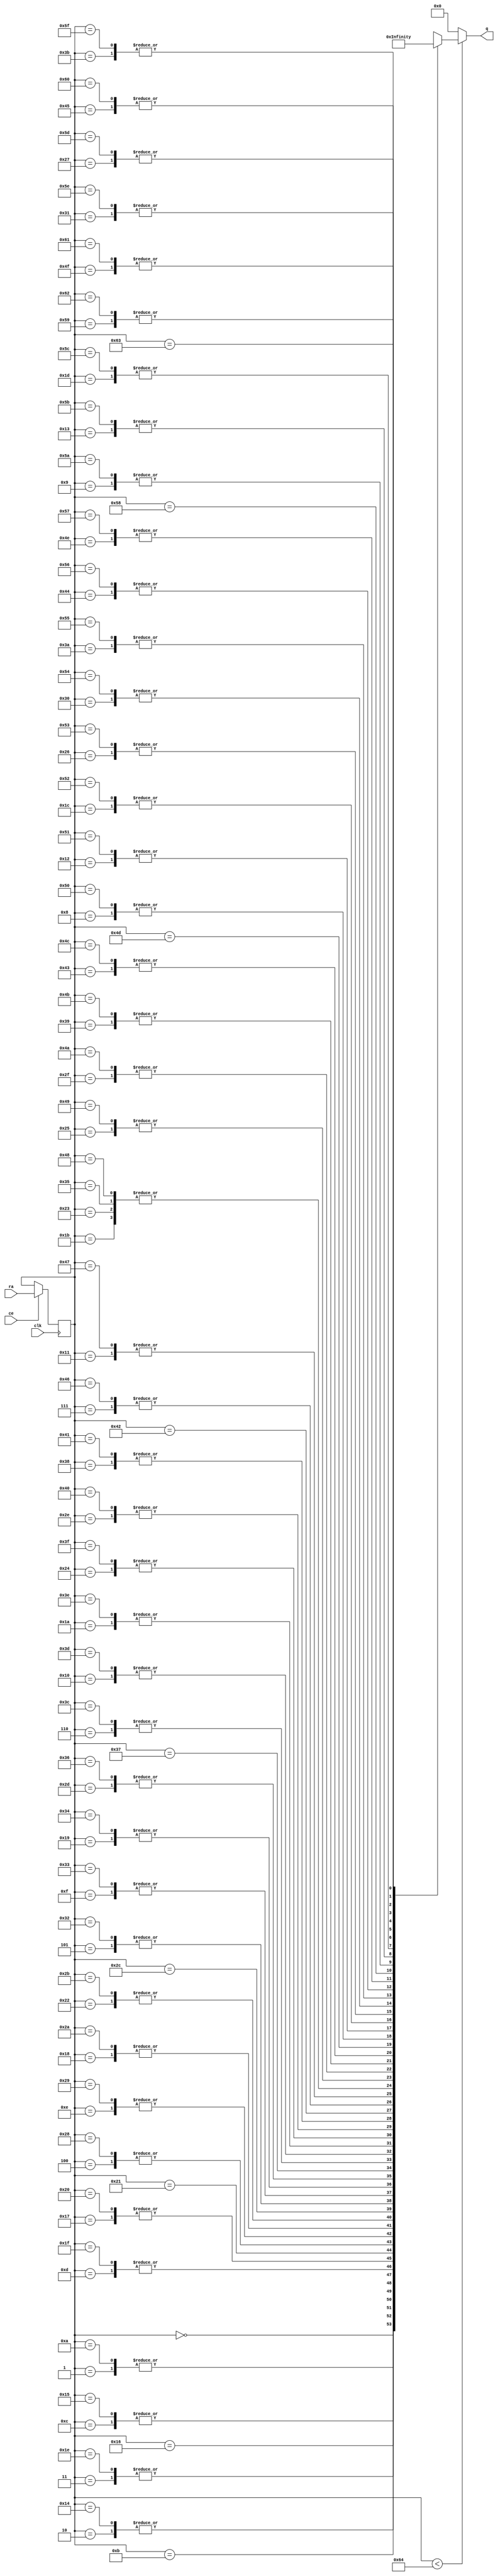
// ==============================================================
// File generated by AutoESL - High-Level Synthesis System (C, C++, SystemC)
// Version: 2011.1
// Copyright (C) 2011 Xilinx Inc. All rights reserved.
// 
// ==============================================================



`timescale 1 ns / 1 ps




module SURFdescriptor_patch_wts_core (q, ra, ce, clk
);
   parameter READ_PORT_COUNT=32'd1;
   parameter WRITE_PORT_COUNT=32'd1;
   parameter DATA_WIDTH=32'd32;
   parameter ADDRESS_WIDTH=32'd7;
   parameter WORD_COUNT=32'd100;

   output [READ_PORT_COUNT*DATA_WIDTH-1:0] q;
   input [READ_PORT_COUNT*ADDRESS_WIDTH-1:0]  ra;
   input [READ_PORT_COUNT-1:0]  ce;
   input                                      clk;

   integer                                    i,j,k;

   wire [DATA_WIDTH-1:0]                       mem [0:WORD_COUNT-1];
   reg [ADDRESS_WIDTH-1:0]                    rat;
   reg [ADDRESS_WIDTH-1:0]                    rai [READ_PORT_COUNT-1:0];
   reg [ADDRESS_WIDTH-1:0]                    rai_reg [READ_PORT_COUNT-1:0];
   reg [READ_PORT_COUNT*DATA_WIDTH-1:0]       qi;
   reg [DATA_WIDTH-1:0]                       qt;


    assign mem[0] = 32'b00110110011101111111110110100001;
    assign mem[1] = 32'b00110111000011011010110100100111;
    assign mem[2] = 32'b00110111100100111010110011110010;
    assign mem[3] = 32'b00111000000011000110110001010111;
    assign mem[4] = 32'b00111000011100111001111110100110;
    assign mem[5] = 32'b00111000110000001100101011011101;
    assign mem[6] = 32'b00111001000010110010111000111110;
    assign mem[7] = 32'b00111001001101110101001100011100;
    assign mem[8] = 32'b00111001010111000100100001100010;
    assign mem[9] = 32'b00111001011100010111100001100100;
    assign mem[10] = 32'b00110111000011011010110100100111;
    assign mem[11] = 32'b00110111101000011110000011011010;
    assign mem[12] = 32'b00111000001010001011101110001111;
    assign mem[13] = 32'b00111000101000000111001001000111;
    assign mem[14] = 32'b00111001000010110010111010000011;
    assign mem[15] = 32'b00111001010111000100100010100111;
    assign mem[16] = 32'b00111001100111110000011011101100;
    assign mem[17] = 32'b00111001110100010111011100110100;
    assign mem[18] = 32'b00111001111110111011000110000001;
    assign mem[19] = 32'b00111010000010011111001101110000;
    assign mem[20] = 32'b00110111100100111010110011110010;
    assign mem[21] = 32'b00111000001010001011101110001111;
    assign mem[22] = 32'b00111000101011111110000010010010;
    assign mem[23] = 32'b00111001001001110011110110010100;
    assign mem[24] = 32'b00111001100100010001001100011110;
    assign mem[25] = 32'b00111001111001011001110001000000;
    assign mem[26] = 32'b00111010001001011100001011010000;
    assign mem[27] = 32'b00111010010110100101010110110011;
    assign mem[28] = 32'b00111010100000110010110011110001;
    assign mem[29] = 32'b00111010100011111100101011100100;
    assign mem[30] = 32'b00111000000011000110110001010111;
    assign mem[31] = 32'b00111000101000000111001001000111;
    assign mem[32] = 32'b00111001001001110011110110010100;
    assign mem[33] = 32'b00111001100111110000011100001110;
    assign mem[34] = 32'b00111010000010011111001100111100;
    assign mem[35] = 32'b00111010010110100101010110110011;
    assign mem[36] = 32'b00111010100111011001111011100010;
    assign mem[37] = 32'b00111010110011111001110011100001;
    assign mem[38] = 32'b00111010111110010111011101111011;
    assign mem[39] = 32'b00111011000010001011101011111010;
    assign mem[40] = 32'b00111000011100111001111110100110;
    assign mem[41] = 32'b00111001000010110010111010000011;
    assign mem[42] = 32'b00111001100100010001001100011110;
    assign mem[43] = 32'b00111010000010011111001100111100;
    assign mem[44] = 32'b00111010011011110101010101000001;
    assign mem[45] = 32'b00111010101111010110010111010010;
    assign mem[46] = 32'b00111011000010001011101011001111;
    assign mem[47] = 32'b00111011001101000001100010100001;
    assign mem[48] = 32'b00111011010110000110011100110101;
    assign mem[49] = 32'b00111011011011010011011110100110;
    assign mem[50] = 32'b00111000110000001100101011011101;
    assign mem[51] = 32'b00111001010111000100100010100111;
    assign mem[52] = 32'b00111001111001011001110001000000;
    assign mem[53] = 32'b00111010010110100101010110110011;
    assign mem[54] = 32'b00111010101111010110010111010010;
    assign mem[55] = 32'b00111011000101011110000101010011;
    assign mem[56] = 32'b00111011010110000110011101100000;
    assign mem[57] = 32'b00111011100011101000010100010011;
    assign mem[58] = 32'b00111011101010110100000001110110;
    assign mem[59] = 32'b00111011101110111011100100010100;
    assign mem[60] = 32'b00111001000010110010111000111110;
    assign mem[61] = 32'b00111001100111110000011011101100;
    assign mem[62] = 32'b00111010001001011100001011010000;
    assign mem[63] = 32'b00111010100111011001111011100010;
    assign mem[64] = 32'b00111011000010001011101011001111;
    assign mem[65] = 32'b00111011010110000110011101100000;
    assign mem[66] = 32'b00111011100111000011100111110010;
    assign mem[67] = 32'b00111011110011011100011011001000;
    assign mem[68] = 32'b00111011111101110100001010101101;
    assign mem[69] = 32'b00111100000001111000010101110000;
    assign mem[70] = 32'b00111001001101110101001100011100;
    assign mem[71] = 32'b00111001110100010111011100110100;
    assign mem[72] = 32'b00111010010110100101010110110011;
    assign mem[73] = 32'b00111010110011111001110011100001;
    assign mem[74] = 32'b00111011001101000001100010100001;
    assign mem[75] = 32'b00111011100011101000010100010011;
    assign mem[76] = 32'b00111011110011011100011011001000;
    assign mem[77] = 32'b00111100000001111000010101011010;
    assign mem[78] = 32'b00111100001000101101011101111011;
    assign mem[79] = 32'b00111100001100101000000011110001;
    assign mem[80] = 32'b00111001010111000100100001100010;
    assign mem[81] = 32'b00111001111110111011000110000001;
    assign mem[82] = 32'b00111010100000110010110011110001;
    assign mem[83] = 32'b00111010111110010111011101111011;
    assign mem[84] = 32'b00111011010110000110011100110101;
    assign mem[85] = 32'b00111011101010110100000001110110;
    assign mem[86] = 32'b00111011111101110100001010101101;
    assign mem[87] = 32'b00111100001000101101011101111011;
    assign mem[88] = 32'b00111100010000111010101110111100;
    assign mem[89] = 32'b00111100010101100111110101010000;
    assign mem[90] = 32'b00111001011100010111100001100100;
    assign mem[91] = 32'b00111010000010011111001101110000;
    assign mem[92] = 32'b00111010100011111100101011100100;
    assign mem[93] = 32'b00111011000010001011101011111010;
    assign mem[94] = 32'b00111011011011010011011110100110;
    assign mem[95] = 32'b00111011101110111011100100010100;
    assign mem[96] = 32'b00111100000001111000010101110000;
    assign mem[97] = 32'b00111100001100101000000011110001;
    assign mem[98] = 32'b00111100010101100111110101010000;
    assign mem[99] = 32'b00111100011010110001111011000111;


   // Split read addresses
   always @ (ra) begin
      for (i=0;i<READ_PORT_COUNT;i=i+1) begin
         for (j=0;j<ADDRESS_WIDTH;j=j+1) begin
            rat[j]=ra[i*ADDRESS_WIDTH+j];
         end
         rai[i]=rat;
      end
   end

   // guide read addresses using CE
   always @ (posedge clk) begin
      for (i=0;i<READ_PORT_COUNT;i=i+1) begin
         if ( ce[i] ) begin
            rai_reg[i] <= rai[i];
         end
      end
   end


   // Memory read
    genvar x;
    generate
        for (x = 0; x < READ_PORT_COUNT; x = x + 1) begin : gen_q
            assign q[x*DATA_WIDTH+DATA_WIDTH-1:x*DATA_WIDTH] = (rai_reg[x]<WORD_COUNT)?
                mem[rai_reg[x]] : {DATA_WIDTH{1'b0}};
        end
    endgenerate

endmodule


module SURFdescriptor_patch_wts (
    address0,
    ce0,
    q0,


    clk);


parameter DataWidth = 32'd32;
parameter AddressRange = 32'd100;
parameter AddressWidth = 32'd7;

input[AddressWidth-1:0] address0;
input ce0;
output[DataWidth-1:0] q0;
input clk;


reg[DataWidth-1:0] q0;
wire[1 * DataWidth - 1:0] mem_q;
wire[DataWidth - 1:0] mem_q0;
wire[1 * AddressWidth - 1:0]  mem_ra;
wire[1 - 1:0]  mem_ce;


SURFdescriptor_patch_wts_core #(
    .READ_PORT_COUNT( 1 ),
    .WRITE_PORT_COUNT( 1 ),
    .DATA_WIDTH( DataWidth ),
    .ADDRESS_WIDTH( AddressWidth ),
    .WORD_COUNT( AddressRange ))
core_inst (
    .q( mem_q ),
    .ra( mem_ra ),
    .ce( mem_ce ),
    .clk( clk ));


assign mem_q0 =  mem_q[1 * DataWidth - 1 : 0 * DataWidth];

always @ (mem_q0) begin
        q0 = mem_q0;
end

assign mem_ra = {address0};
assign mem_ce = {ce0};

endmodule